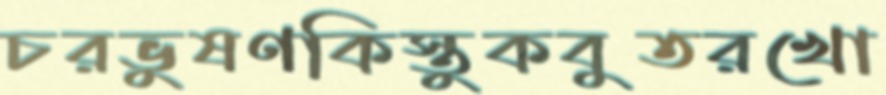
চরভুষণকিস্তুকবুতরখো